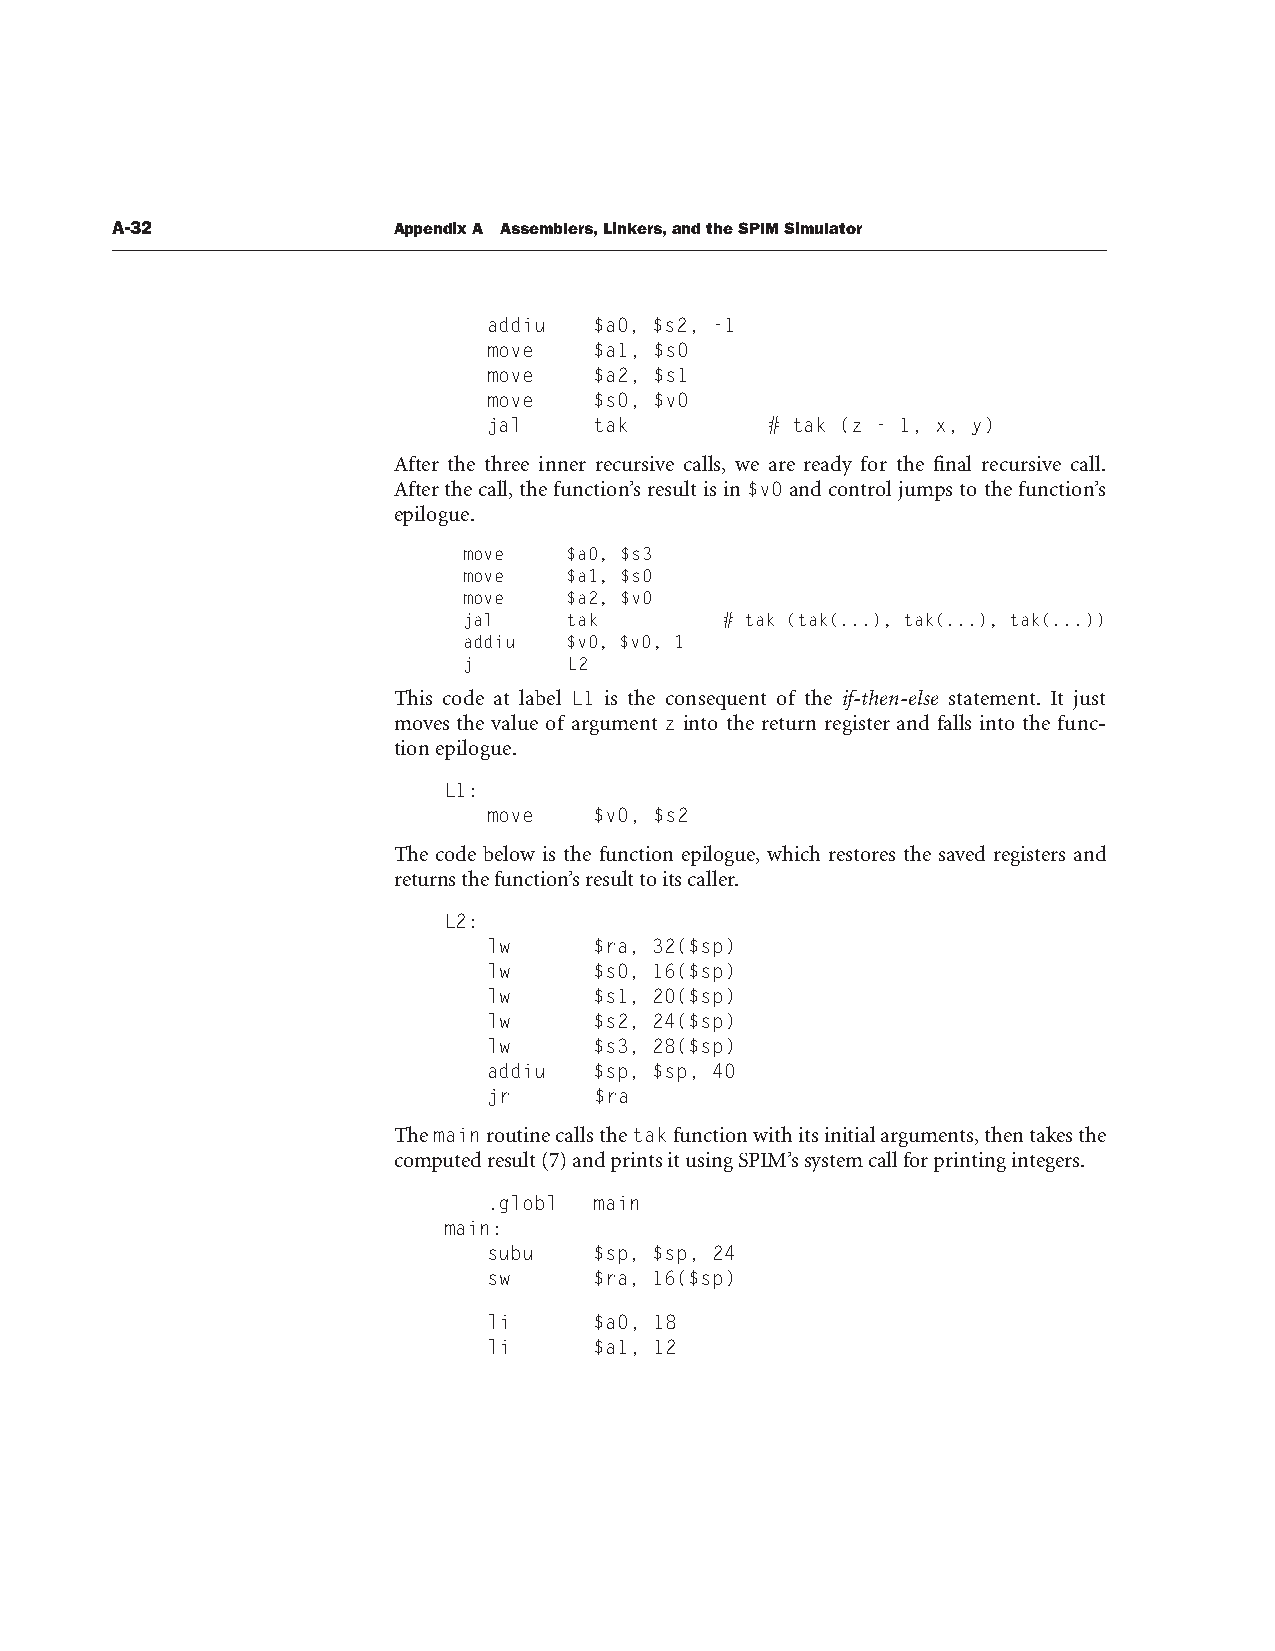
A-32               Appendix A Assemblers, Linkers, and the SPIM Simulator
 addiu  $a0, $s2, -1
 move   $a1, $s0
 move   $a2, $s1
 move   $s0, $v0
 jal    tak         # tak (z - 1, x, y)
 After the three inner recursive calls, we are ready for the final recursive call.
 After the call, the function’s result is in $v0 and control jumps to the function’s
 epilogue.
 move   $a0, $s3
 move   $a1, $s0
 move   $a2, $v0
 jal    tak       # tak (tak(...), tak(...), tak(...))
 addiu  $v0, $v0, 1
 j      L2
 This code at label L1 is the consequent of the if-then-else statement. It just
 moves the value of argument z into the return register and falls into the func-
 tion epilogue.
 L1:
 move   $v0, $s2
 The code below is the function epilogue, which restores the saved registers and
 returns the function’s result to its caller.
 L2:
 lw     $ra, 32($sp)
 lw     $s0, 16($sp)
 lw     $s1, 20($sp)
 lw     $s2, 24($sp)
 lw     $s3, 28($sp)
 addiu  $sp, $sp, 40
 jr     $ra
 The main routine calls the tak function with its initial arguments, then takes the
 computed result (7) and prints it using SPIM’s system call for printing integers.
 .globl main
 main:
 subu   $sp, $sp, 24
 sw     $ra, 16($sp)
 li     $a0, 18
 li     $a1, 12